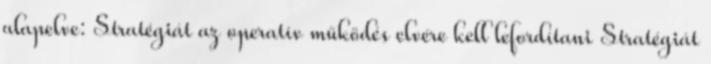
alapelve: Stratégiát az operatív működés elvére kell lefordítani Stratégiát